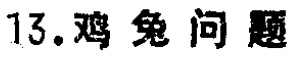
13. 鸡兔问题